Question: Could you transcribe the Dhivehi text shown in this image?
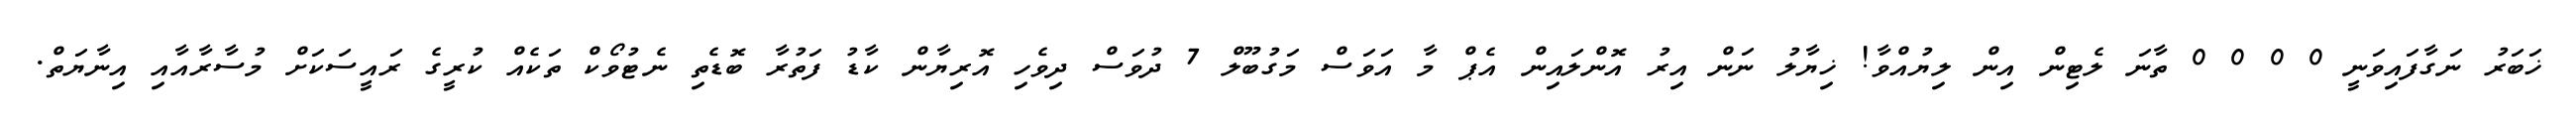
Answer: ޚަބަރު ނަގާފައިވަނީ 0 0 0 0 ތާނަ ލެޓިން އިން ލިޔުއްވާ! ޚިޔާލު ނަން އިރު އޮންލައިން އެޕް މާ އަވަސް މަގުބޫލް 7 ދުވަސް ދިވެހި އޮރިޔާން ކާޑު ފަތުރާ ބޮޑެތި ނެޓުވޯކް ތަކެއް ކުރީގެ ރައީސަކަށް މުސާރާއާއި އިނާޔަތް.